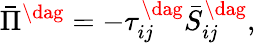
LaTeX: {{\bar{\Pi}}^{\dag}}=-\tau_{ij}^{\dag}\bar{S}_{ij}^{\dag},